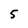
Character: 5